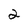
Character: 2